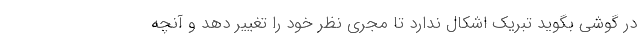
در گوشی بگوید تبریک اشکال ندارد تا مجری نظر خود را تغییر دهد و آنچه